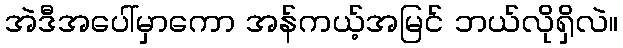
အဲဒီအပေါ်မှာကော အန်ကယ့်အမြင် ဘယ်လိုရှိလဲ။